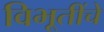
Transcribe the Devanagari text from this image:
विभूतींचे